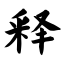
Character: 释